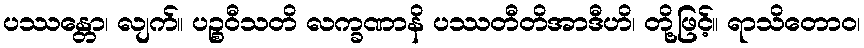
ပဿန္တော၊ လျက်။ ပဉ္စဝီသတိ လက္ခဏာနိ ပဿတီတိအာဒီဟိ၊ တို့ဖြင့်။ ရာသိတောဝ၊